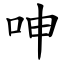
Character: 呻